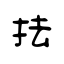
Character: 抾